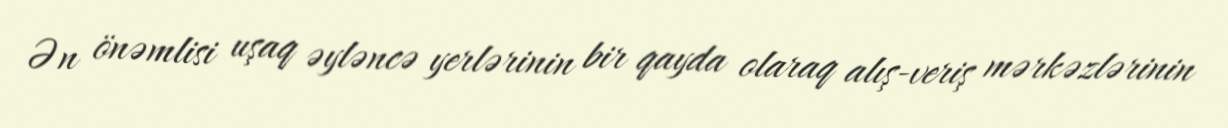
Ən önəmlisi uşaq əyləncə yerlərinin bir qayda olaraq alış-veriş mərkəzlərinin